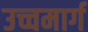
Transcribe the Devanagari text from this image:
उच्चमार्ग